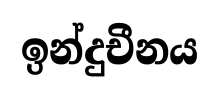
ඉන්දුචීනය